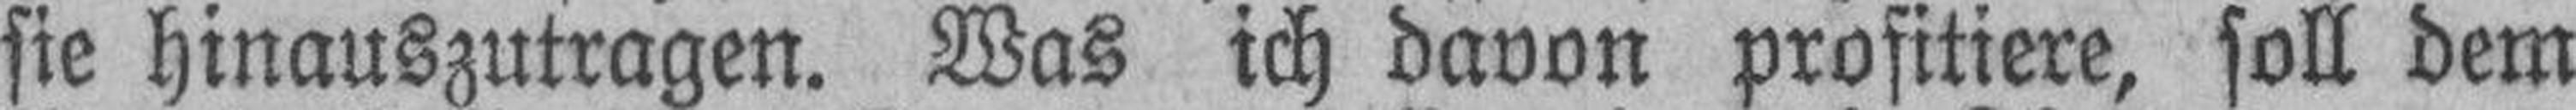
sie hinauszutragen. Was ich davon profitiere, soll dem